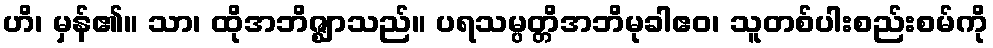
ဟိ၊ မှန်၏။ သာ၊ ထိုအဘိဇ္ဈာသည်။ ပရသမ္ပတ္တိအဘိမုခါဧဝ၊ သူတစ်ပါးစည်းစမ်ကို